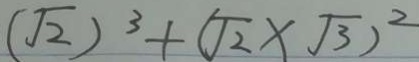
( \sqrt { 2 } ) ^ { 3 } + ( \sqrt { 2 } \times \sqrt { 3 } ) ^ { 2 }